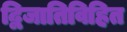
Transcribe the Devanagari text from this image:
द्विजातिविहित